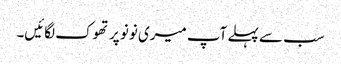
سب سے پہلے آپ میری نونو پر تھوک لگائیں۔